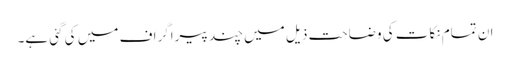
ان تمام نکات کی وضاحت ذیل میں چند پیراگراف میں کی گئی ہے۔